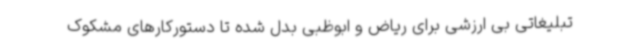
تبلیغاتی بی ارزشی برای ریاض و ابوظبی بدل شده تا دستورکارهای مشکوک